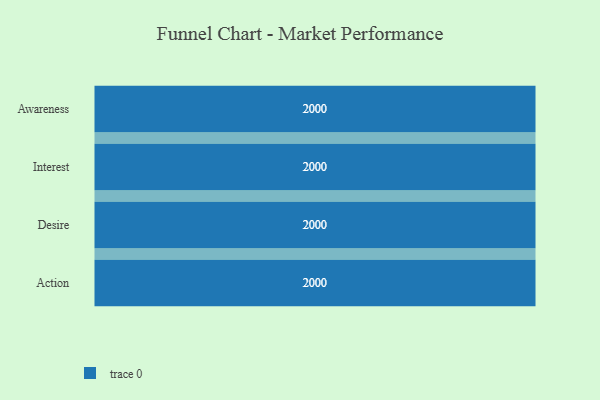
{"axis": {"x": "Stage", "y": "Value"}, "legend": [""], "data": [{"x": "Awareness", "y": 2000, "type": ""}, {"x": "Interest", "y": 2000, "type": ""}, {"x": "Desire", "y": 2000, "type": ""}, {"x": "Action", "y": 2000, "type": ""}]}